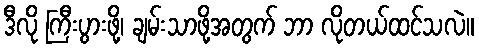
ဒီလို ကြီးပွားဖို့၊ ချမ်းသာဖို့အတွက် ဘာ လိုတယ်ထင်သလဲ။